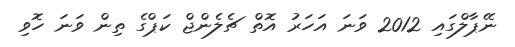
ނޭޕާލްގައި 2012 ވަނަ އަހަރު އޮތް ޗެލެންޖް ކަޕްގެ ތިން ވަނަ ހޮވި